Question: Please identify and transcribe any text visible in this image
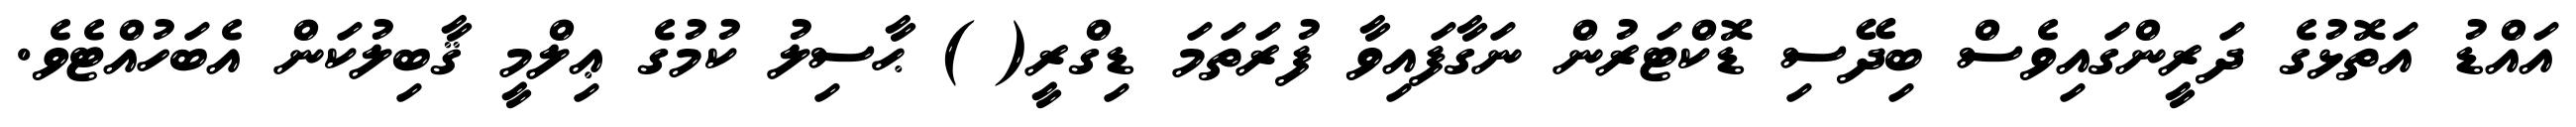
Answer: އައްޑު އަތޮޅުގެ ދަރީންގައިވެސް ބިދޭސި ޑޮކްޓަރުން ނަގާފައިވާ ފުރަތަމަ ޑިގްރީ( ) ޙާސިލު ކުމުގެ ޢިލްމީ ޤާބިލުކަން އެބަހުއްޓެވެ.